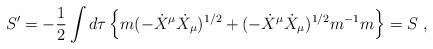
LaTeX: \begin{align*}S^\prime=-{1\over2}\int d\tau \left\{m(-{\dot X}^\mu{\dot X}_\mu)^{1/2}+(-{\dot X}^\mu{\dot X}_\mu)^{1/2}m^{-1}m\right\}=S\ ,\end{align*}